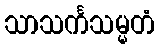
သာသင်္ကသမ္မတံ